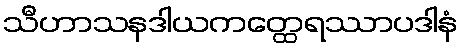
သီဟာသနဒါယကတ္ထေရဿာပဒါနံ